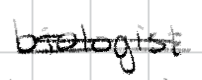
Text: biologist
Cross-out: double-line
Writing tool: digital_black